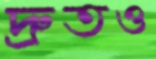
দ্রুতও